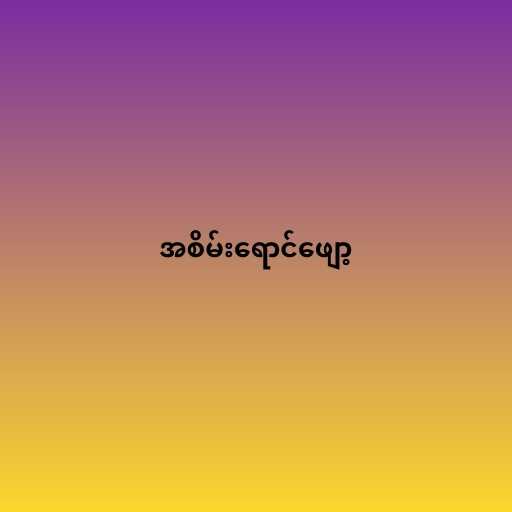
အစိမ်းရောင်ဖျော့